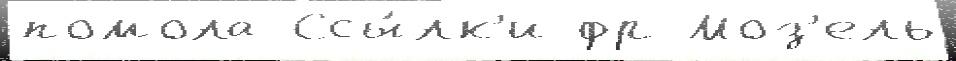
помола Ссы́лк'и фр Моз'ель